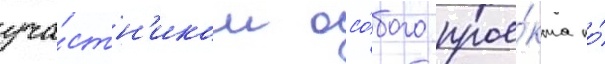
уча́стн'иком осо́бого прое́кта по́